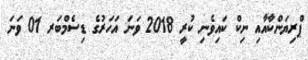
ޕްރިޔަންކާއާއި ނިކް ކައިވެނި ކުރީ 2018 ވަނަ އަހަރުގެ ޑިސެމްބަރ 01 ވަނަ